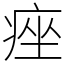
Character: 痤